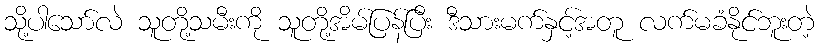
သို့ပါသော်လဲ သူတို့သမီးကို သူတို့အိမ်ပြန်ပြီး ဒီသားမက်နှင့်အတူ လက်မခံနိုင်ဘူးတဲ့